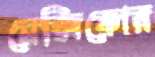
মেক্সিকোর